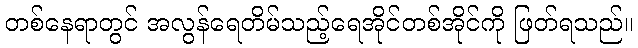
တစ်နေရာတွင် အလွန်ရေတိမ်သည့်ရေအိုင်တစ်အိုင်ကို ဖြတ်ရသည်။